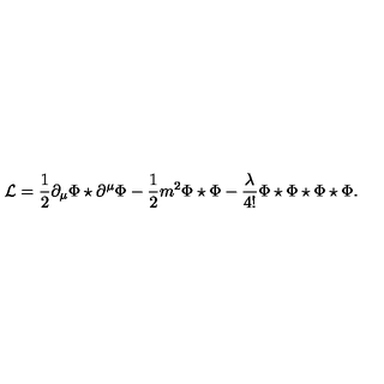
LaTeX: \mathcal { L } = \frac { 1 } { 2 } \partial _ { \mu } \Phi \star \partial ^ { \mu } \Phi - \frac 1 2 m ^ { 2 } \Phi \star \Phi - \frac \lambda { 4 ! } \Phi \star \Phi \star \Phi \star \Phi .